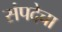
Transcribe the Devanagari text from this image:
संपदेचा